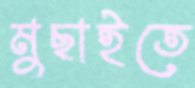
মুছাইতে